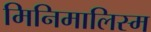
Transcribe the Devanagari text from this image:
मिनिमालिस्म